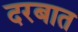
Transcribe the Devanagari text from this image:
दरबात